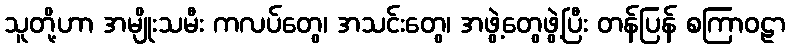
သူတို့ဟာ အမျိုးသမီး ကလပ်တွေ၊ အသင်းတွေ၊ အဖွဲ့တွေဖွဲ့ပြီး တန်ပြန် စကြာဝဠာ